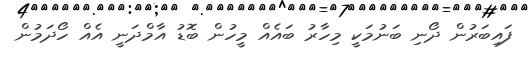
ފައިބަރުން ދޯނި ބަނުމަކީ މިހާރު ބައެއް މީހުން ބޮޑު އާމްދަނީ އެއް ހޯދަމުން